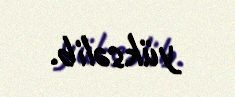
yüksəlib.